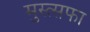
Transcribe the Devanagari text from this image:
मुस्त्सफा